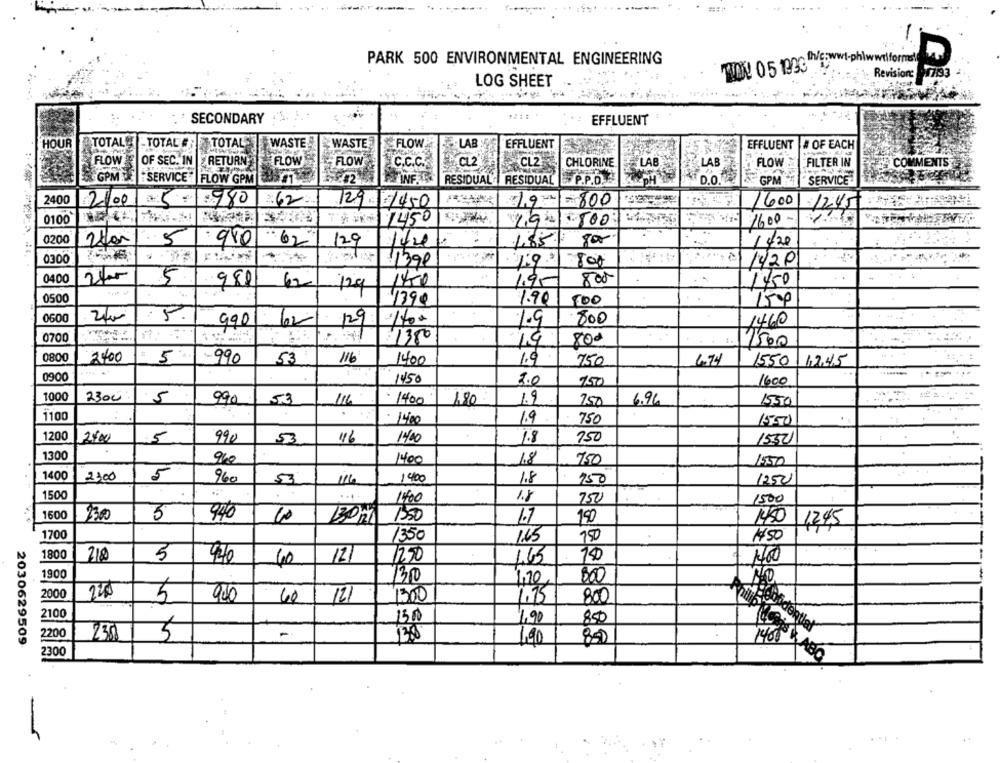
PARK 500 ENVIRONMENTAL ENGINEERING
HOY 05 1996
wilformat
LOG SHEET
Revisione 793
SECONDARY (1. 5 ..
EFFLUENT
HOUR
TOTALE
- TOTAL :
TOTAL
WASTE
WASTE
FLOW
EFFLUENT
EFFLUENT
# OF EACH
OF SEC. IN
FLOW
LAB
FLOW
RETURN
FLOW
C.C.C.
CL2
CHLORINE
LAB
LAB
FLOW 2
FILTER IN
COMMENTS
COME
SERVICE"
FLOW GPM
RESIDUAL RESIDUAL
P.P.D ..
D.o.
GPM
SERVICE
2400
2100
980
2:62.
129 1450
19-
-800
1600
1245
0100
17450
500
1600-
0200
5
.980
.62
129
1.85
1/20
0300
11390
800
142P
0400
5
981
1450
800
1450
62
129
0500
1390
1.90
154
0600
15.
800
1460
990
62/ 129
1.9
0700
1350
14
800
1500
0800
2400
5
-990
53
116
1400
1.9
750
4.74
1550
17.45
0900
1450
3.0
1600
750
1000
2300
5
990
116
- 1400
180
1.9
750
6.96
1550
1100
. 14:00
750
1.9
1550
1200
2400
5
990
53
46
1400
1.8
750
1530
1300
960
1400
1.8
750
1550
1400
2:00
5
960
53
114
1400
150
1250
1.8
1500
1.8
1400
750
1500
1600
2300
5
940
1250
190
10
1.7
1450 1245
1700
1350
1.45
750
1450
180
218
5
12,50
150
470
40
121
1,65
1900
130
800
4,20,
2000
900
40
121
1300
4.75
800
2100
150
1,90
850
2200
5
-
230
1,90
2030629509
2300
1400 BABO